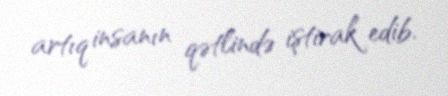
artıq insanın qətlində iştirak edib.